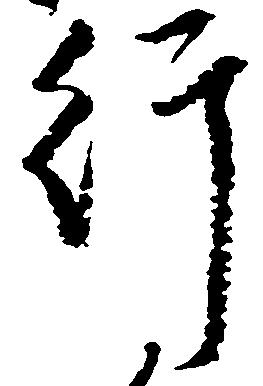
行